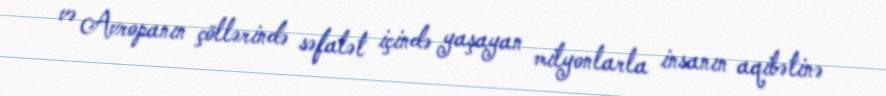
və Avropanın çöllərində səfalət içində yaşayan milyonlarla insanın aqibətinə